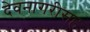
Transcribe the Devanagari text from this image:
देवनागरीसह